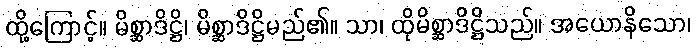
ထို့ကြောင့်။ မိစ္ဆာဒိဋ္ဌိ၊ မိစ္ဆာဒိဋ္ဌိမည်၏။ သာ၊ ထိုမိစ္ဆာဒိဋ္ဌိသည်။ အယောနိသော၊